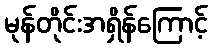
မုန်တိုင်းအရှိန်ကြောင့်